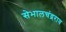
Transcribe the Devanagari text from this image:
सेभालचंद्रराव